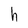
Character: h